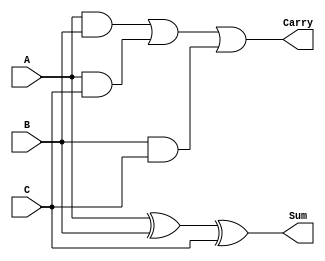
module ModifiedCarrySaveAdder #(parameter N = 8) (
    input  [N-1:0] A,  // First operand
    input  [N-1:0] B,  // Second operand
    input  [N-1:0] C,  // Third operand
    output [N-1:0] Sum, // Sum output
    output [N-1:0] Carry // Carry output
);

    // Intermediate carry and sum signals
    wire [N-1:0] carry_ab;
    wire [N-1:0] carry_ac;
    wire [N-1:0] carry_bc;

    // Calculate the sum using XOR for each bit position
    assign Sum = A ^ B ^ C;

    // Calculate the carry using AND for each bit position
    assign carry_ab = A & B;
    assign carry_ac = A & C;
    assign carry_bc = B & C;

    // Aggregate the carry bits
    assign Carry = carry_ab | carry_ac | carry_bc;

endmodule